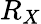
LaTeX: R_{X}